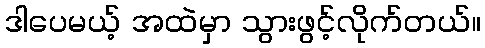
ဒါပေမယ့် အထဲမှာ သွားဖွင့်လိုက်တယ်။